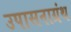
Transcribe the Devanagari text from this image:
उपासनाग्रंथ